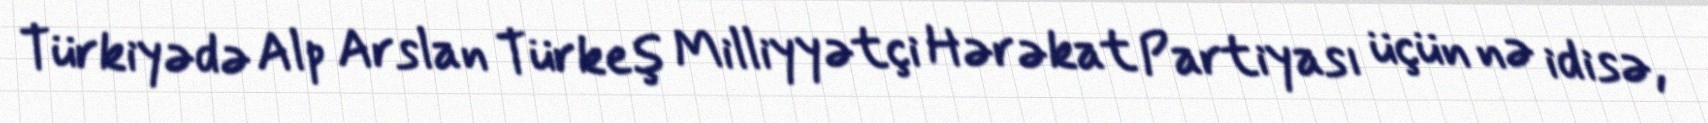
Türkiyədə Alp Arslan Türkeş Milliyyətçi Hərəkat Partiyası üçün nə idisə,